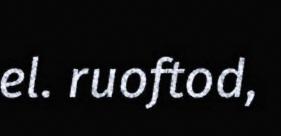
el. ruoftod,